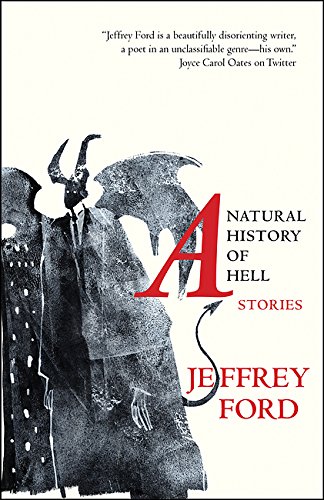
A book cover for A Natural History of Hell: Stories; Jeffrey Ford; Science Fiction & Fantasy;